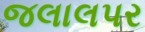
જલાલપર